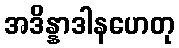
အဒိန္နာဒါနဟေတု